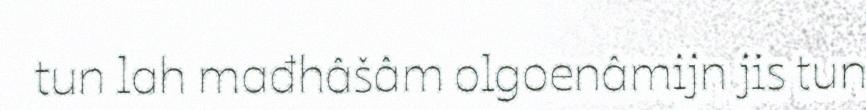
tun lah mađhâšâm olgoenâmijn jis tun